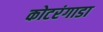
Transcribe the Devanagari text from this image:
कोटरंगाडा